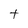
Character: t